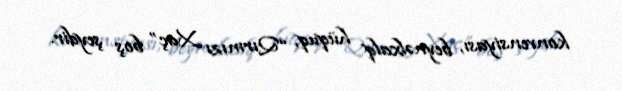
konvensiyası, beynəlxalq hüquq, “Qırmızı Xaç” boş şeydir.